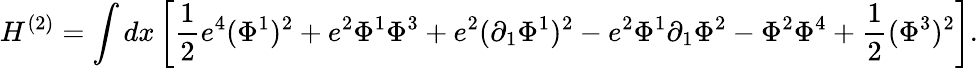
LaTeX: H^{(2)}=\int dx\left[\frac{1}{2}e^{4}(\Phi^{1})^{2}+e^{2}\Phi^{1}\Phi^{3}+e^{2}(\partial_{1}\Phi^{1})^{2}-e^{2}\Phi^{1}\partial_{1}\Phi^{2}-\Phi^{2}\Phi^{4}+\frac{1}{2}(\Phi^{3})^{2}\right].